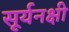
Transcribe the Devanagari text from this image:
सूर्यनक्षी